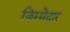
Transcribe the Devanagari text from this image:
ज़िम्‍मेदार